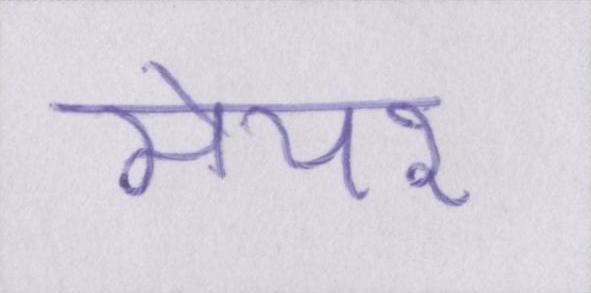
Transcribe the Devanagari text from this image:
मेयर